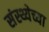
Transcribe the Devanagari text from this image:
संस्थ्येच्या